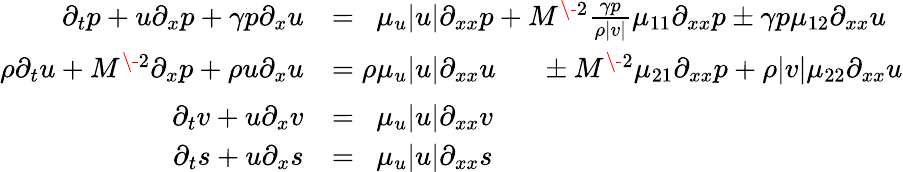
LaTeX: \begin{array}{rl}{\partial_{t}p+u\partial_{x}p+\gamma p\partial_{x}u}&{=\phantom{\rho}\mu_{u}|u|\partial_{xx}p+M^{\- 2}\frac{\gamma p}{\rho|v|}\mu_{11}\partial_{xx}p\pm\gamma p\mu_{12}\partial_{xx}u}\\ {\rho\partial_{t}u+M^{\- 2}\partial_{x}p+\rho u\partial_{x}u}&{=\rho\mu_{u}|u|\partial_{xx}u\phantom{\frac{\gamma p}{\rho|v|}}\pm M^{\- 2}\mu_{21}\partial_{xx}p+\rho|v|\mu_{22}\partial_{xx}u}\\ {\partial_{t}v+u\partial_{x}v}&{=\phantom{\rho}\mu_{u}|u|\partial_{xx}v}\\ {\partial_{t}s+u\partial_{x}s}&{=\phantom{\rho}\mu_{u}|u|\partial_{xx}s}\end{array}